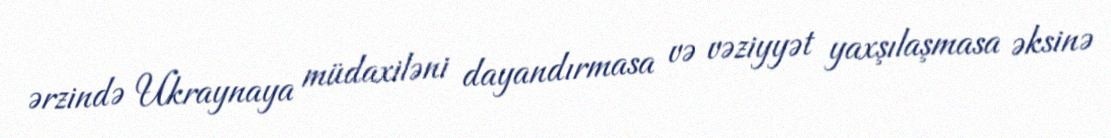
ərzində Ukraynaya müdaxiləni dayandırmasa və vəziyyət yaxşılaşmasa əksinə